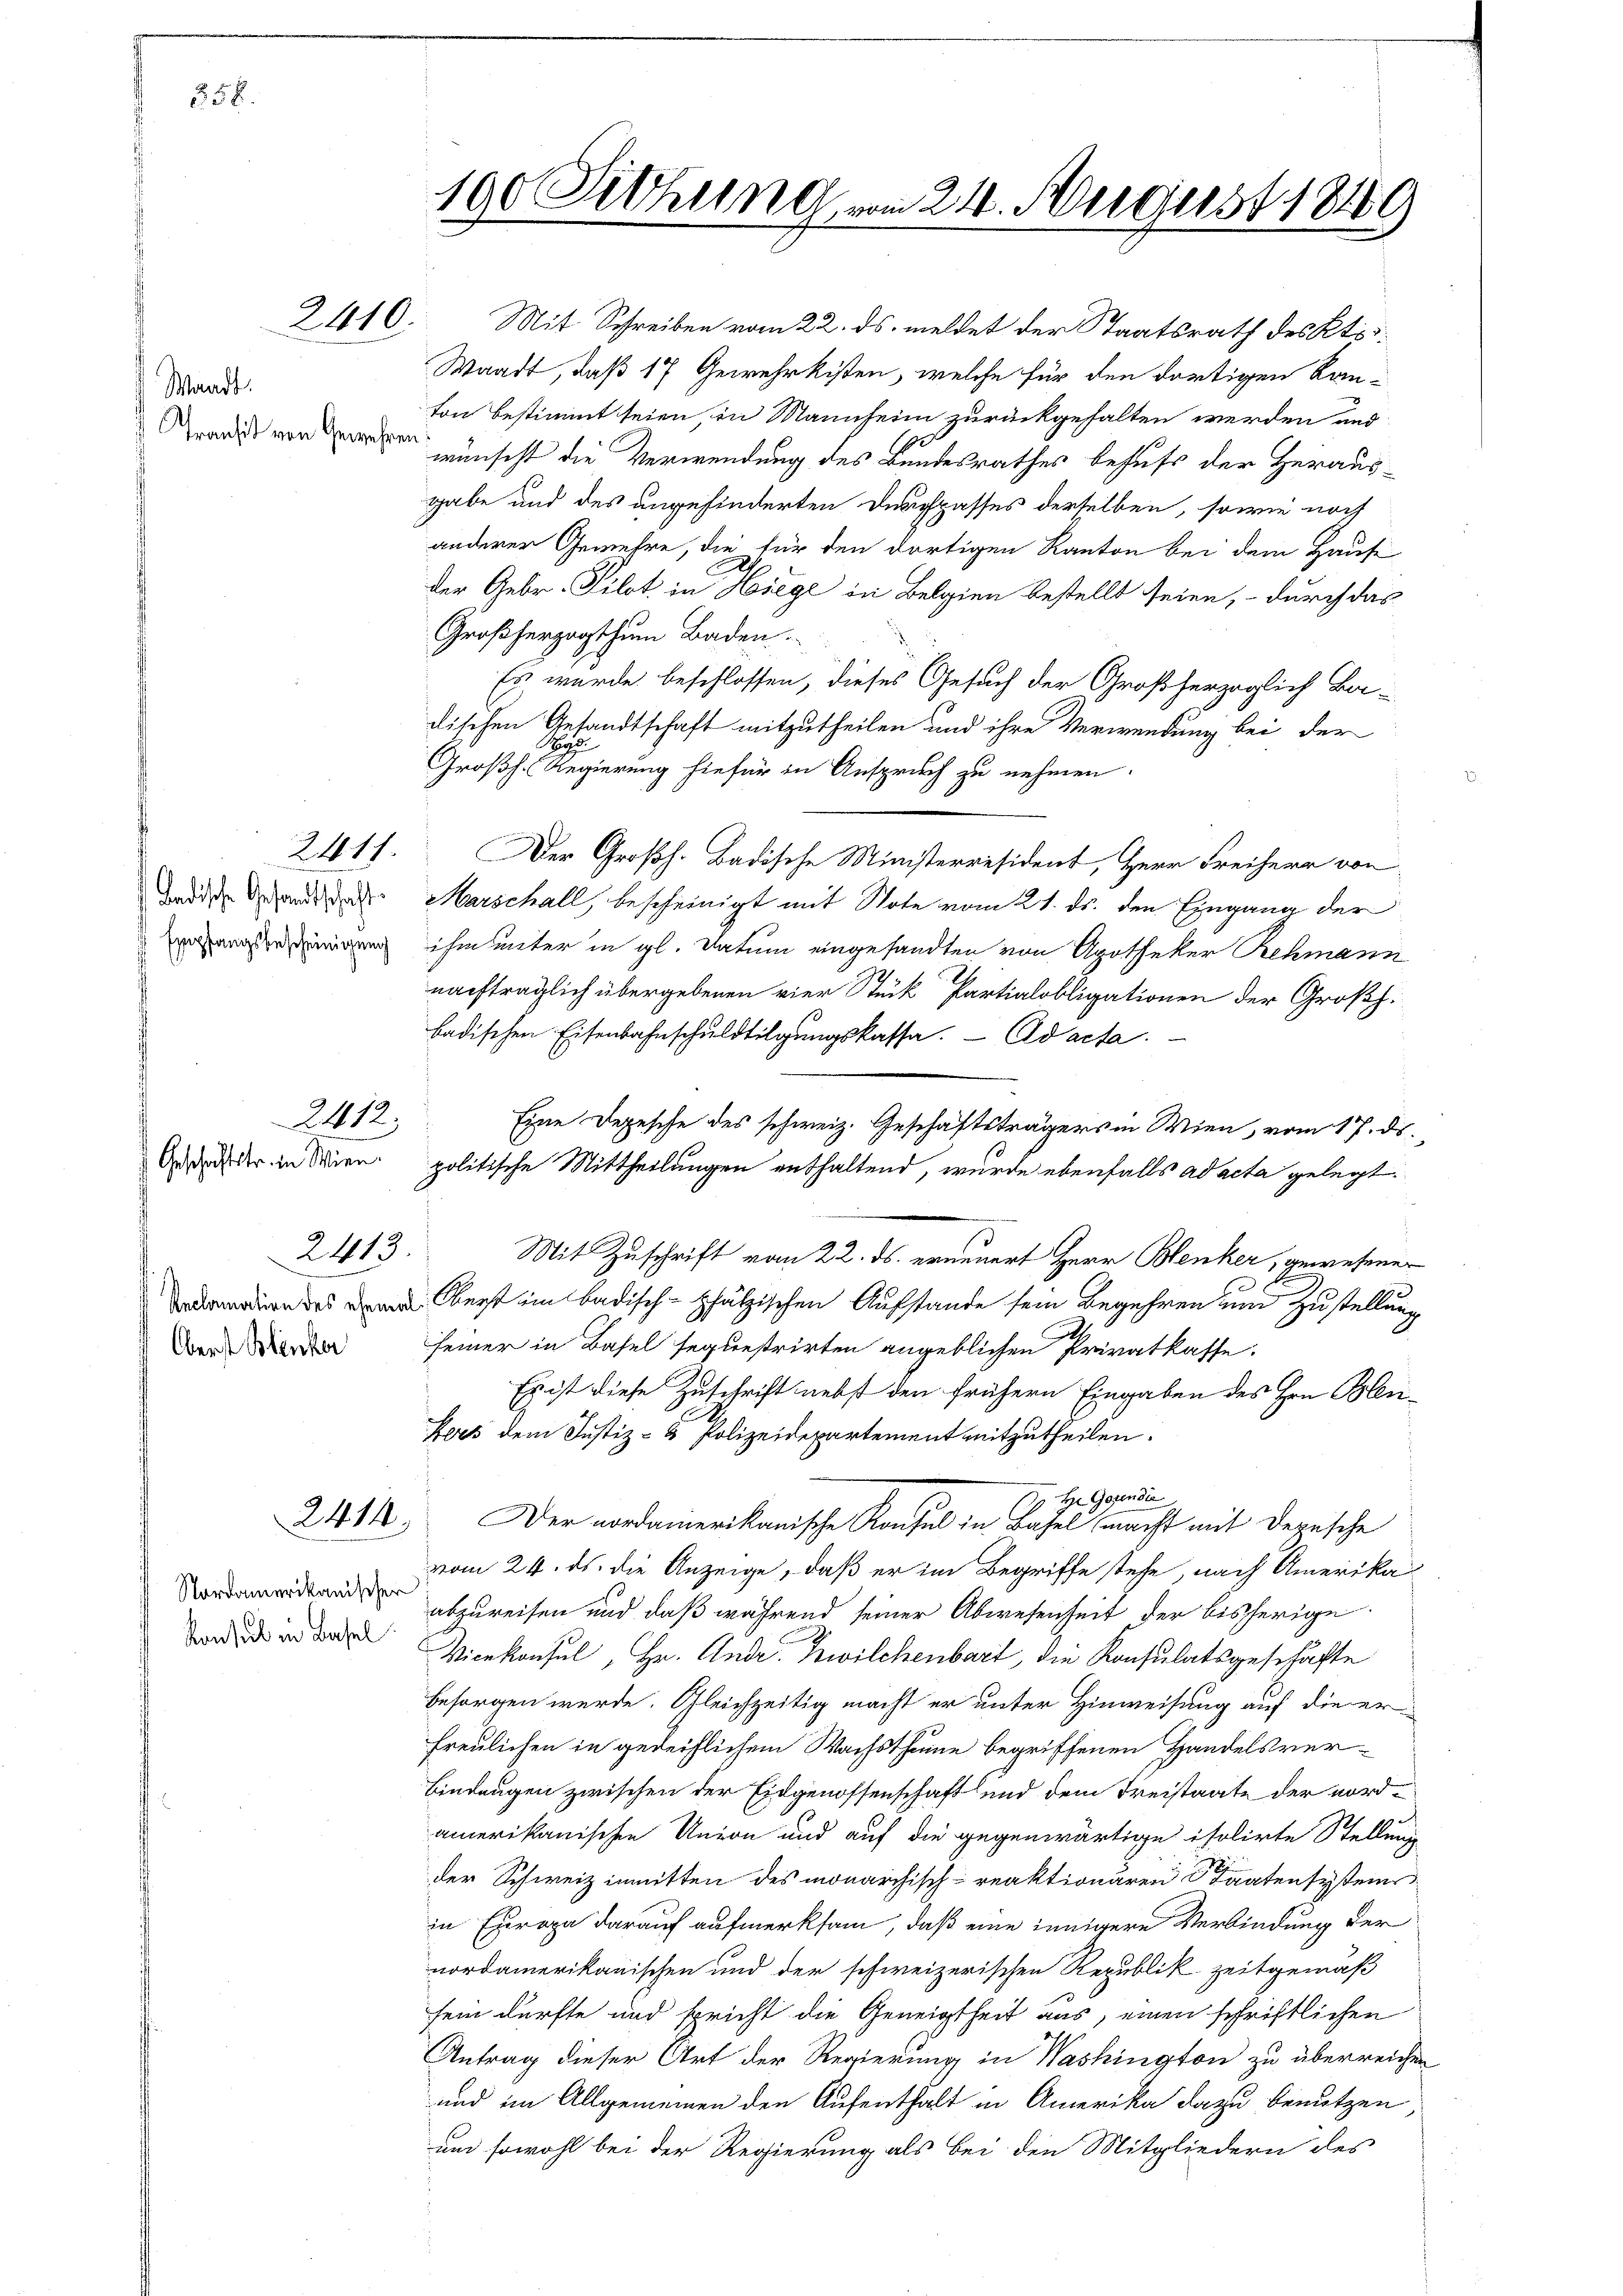
558.

Waadt.
Transit von Gewesen

badische Gesandtschaft
 Empfangsbescheinigung

Geschäftstr. in Wien.

2413
Reclamation des ehemal
Oberst Blenker

2410

2411.

2412.

2414

Nordamerikanischer
Konsul in Basel

190 Sitzung vom 21. Aegerst 1849

Mit Schreiben vom 22. ds. meldet der Staatsrath des Kts.
Waadt, daß 17 Gewehrkisten, welche für den dortigen Kanton bestimmt seien in Mannheim zurückgehalten werden und
wünscht die Verwendung des Bundesrathes behufs der Heraus-
gabe und des angehinderten Durchpasses derselben, sowie noch
anderer Gemehre, die für den dortigen Kanton bei dem Haus-
.
der Gebr. Silot. in Hiege in Belgien bestellt seien, – durch das
Großherzogthum Baden.
Es wurde beschlossen, dieses Gesuch der Großherzoglich Ba-
dischen Gesandtschaft mitzutheilen und ihre Verwendung bei der
Pr
Großh. Regierung hiefür in Anspruch zu nehmen.
Der Großh. Badische Ministerresident, Herr Freiherr von
Marschall, bescheinigt mit Note vom 21. ds. den Eingang der
ihm unter in gl. Datum eingesandten von Apotheker Rehmann
nachträglich übergebenen vier Stück Partialobligationen der Großh.
badischen Eisenbahnschuldtilgŭngskassa. Ad acta
Mit Zuschrift vom 22. ds. erneuert Herr Benker, gewesener
Oberst im badisch-pfälzischen Aufstande sein Begehren und Zustellung
seiner in Basel sequestrirten angeblichen Privatkaffe.
Es ist diese Zuschrift nebst den frühern Eingaben des Hrn. Blenifers dem Justiz- & Polizeidepartement mitzutheilen.
 Hr. Gegenden
Der nordamerikanische Konsul in Basel macht mit Depesche
vom 24. ds. die Anzeige, daß er im Begriffe stehe, nach Amerikaabzureisen und daß während seiner Abwesenheit der bisherige
Vicekonsul, Hr. Ander Zwilchenbart, die Konsulatsgeschäfte
besorgen werde. Gleichzeitig macht er unter Hinweisung auf die erfreulichen in gedeiflichem Wachsthume begriffenen Handelsver¬
Eintrugen zwischen der Eidgenossenschaft und dem Kreistaate der nordamerikanischen Union und auf die gegenwärtige isolirte Stellung
der Schweiz inmitten des monarchisch-reaktionären ratensysteme
in Europa darauf aufmerksam, daß eine innigere Verbindung der
nordamerikanischen und der schweizerischen Republik zeitgemäß
sein dürfte und spricht die Geneigtheit aus, einen schriftlichen
Antrag dieser Art der Regierung in Washington zu überreichen
und im Allgemeinen den Aufenthalt in Amerika dazu benutzen
um sowohl bei der Regierung als bei den Mitgliedern des

Eine Depesche des schweiz. Geschäftsträgers in Wien, vom 17. ds.
politische Mittheilungen enthaltend, wurde ebenfalls ad acta gelegt